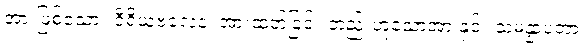
အားဖြစ်သော။ ဝီရိယဗလေန၊ အားထုတ်ခြင်း တည်းဟူသောအားနှင့်။ သမန္နာပတာ၊